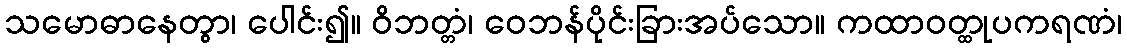
သမောဓာနေတွာ၊ ပေါင်း၍။ ဝိဘတ္တံ၊ ဝေဘန်ပိုင်းခြားအပ်သော။ ကထာဝတ္ထုပကရဏံ၊